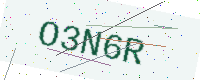
Text: O3N6R